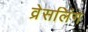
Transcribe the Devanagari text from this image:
व्रेसलिंग